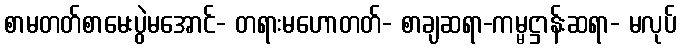
စာမတတ်စာမေးပွဲမအောင်- တရားမဟောတတ်- စာချဆရာ-ကမ္မဋ္ဌာန်းဆရာ- မလုပ်